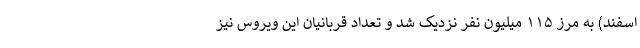
اسفند) به مرز ۱۱۵ میلیون نفر نزدیک شد و تعداد قربانیان این ویروس نیز